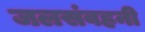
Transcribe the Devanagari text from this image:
जलसंवहनी